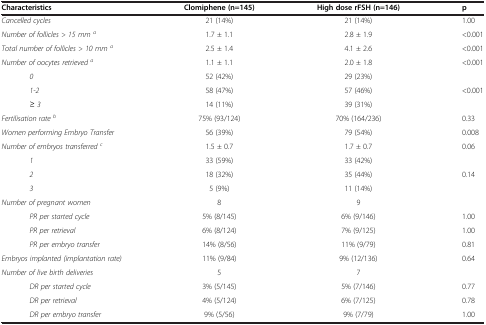
| Characteristics | Clomiphene (n=145) | High dose rFSH (n=146) | p |
 | --- | --- | --- | --- |
 | Cancelled cycles | 21 (14%) | 21 (14%) | 1.00 |
 | Number of follicles > 15 mma | 1.7 ± 1.1 | 2.8 ± 1.9 | <0.001 |
 | Total number of follicles > 10 mma | 2.5 ± 1.4 | 4.1 ± 2.6 | <0.001 |
 | Number of oocytes retrieveda | 1.1 ± 1.1 | 2.0 ± 1.8 | <0.001 |
 | 0 | 52 (42%) | 29 (23%) |  |
 | 1-2 | 58 (47%) | 57 (46%) | <0.001 |
 | ≥ 3 | 14 (11%) | 39 (31%) |  |
 | Fertilisation rateb | 75% (93/124) | 70% (164/236) | 0.33 |
 | Women performing Embryo Transfer | 56 (39%) | 79 (54%) | 0.008 |
 | Number of embryos transferredc | 1.5 ± 0.7 | 1.7 ± 0.7 | 0.06 |
 | 1 | 33 (59%) | 33 (42%) |  |
 | 2 | 18 (32%) | 35 (44%) | 0.14 |
 | 3 | 5 (9%) | 11 (14%) |  |
 | Number of pregnant women | 8 | 9 |  |
 | PR per started cycle | 5% (8/145) | 6% (9/146) | 1.00 |
 | PR per retrieval | 6% (8/124) | 7% (9/125) | 1.00 |
 | PR per embryo transfer | 14% (8/56) | 11% (9/79) | 0.81 |
 | Embryos implanted (implantation rate) | 11% (9/84) | 9% (12/136) | 0.64 |
 | Number of live birth deliveries | 5 | 7 |  |
 | DR per started cycle | 3% (5/145) | 5% (7/146) | 0.77 |
 | DR per retrieval | 4% (5/124) | 6% (7/125) | 0.78 |
 | DR per embryo transfer | 9% (5/56) | 9% (7/79) | 1.00 |